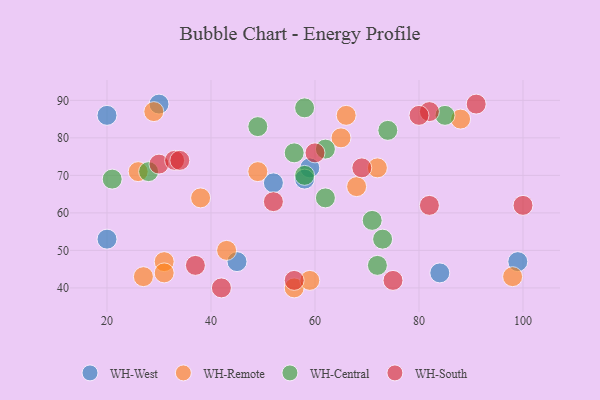
{"axis": {"x": "GDP", "y": "Life Expectancy"}, "legend": ["WH-Central", "WH-Remote", "WH-South", "WH-West"], "data": [{"x": "45", "y": 47, "type": "WH-West"}, {"x": "84", "y": 44, "type": "WH-West"}, {"x": "99", "y": 47, "type": "WH-West"}, {"x": "20", "y": 53, "type": "WH-West"}, {"x": "59", "y": 72, "type": "WH-West"}, {"x": "52", "y": 68, "type": "WH-West"}, {"x": "30", "y": 89, "type": "WH-West"}, {"x": "20", "y": 86, "type": "WH-West"}, {"x": "58", "y": 69, "type": "WH-West"}, {"x": "43", "y": 50, "type": "WH-Remote"}, {"x": "68", "y": 67, "type": "WH-Remote"}, {"x": "98", "y": 43, "type": "WH-Remote"}, {"x": "29", "y": 87, "type": "WH-Remote"}, {"x": "56", "y": 40, "type": "WH-Remote"}, {"x": "31", "y": 47, "type": "WH-Remote"}, {"x": "26", "y": 71, "type": "WH-Remote"}, {"x": "31", "y": 44, "type": "WH-Remote"}, {"x": "66", "y": 86, "type": "WH-Remote"}, {"x": "65", "y": 80, "type": "WH-Remote"}, {"x": "38", "y": 64, "type": "WH-Remote"}, {"x": "27", "y": 43, "type": "WH-Remote"}, {"x": "72", "y": 72, "type": "WH-Remote"}, {"x": "59", "y": 42, "type": "WH-Remote"}, {"x": "88", "y": 85, "type": "WH-Remote"}, {"x": "49", "y": 71, "type": "WH-Remote"}, {"x": "28", "y": 71, "type": "WH-Central"}, {"x": "73", "y": 53, "type": "WH-Central"}, {"x": "49", "y": 83, "type": "WH-Central"}, {"x": "72", "y": 46, "type": "WH-Central"}, {"x": "85", "y": 86, "type": "WH-Central"}, {"x": "62", "y": 77, "type": "WH-Central"}, {"x": "74", "y": 82, "type": "WH-Central"}, {"x": "21", "y": 69, "type": "WH-Central"}, {"x": "58", "y": 88, "type": "WH-Central"}, {"x": "58", "y": 70, "type": "WH-Central"}, {"x": "71", "y": 58, "type": "WH-Central"}, {"x": "62", "y": 64, "type": "WH-Central"}, {"x": "56", "y": 76, "type": "WH-Central"}, {"x": "42", "y": 40, "type": "WH-South"}, {"x": "91", "y": 89, "type": "WH-South"}, {"x": "37", "y": 46, "type": "WH-South"}, {"x": "82", "y": 87, "type": "WH-South"}, {"x": "82", "y": 62, "type": "WH-South"}, {"x": "30", "y": 73, "type": "WH-South"}, {"x": "100", "y": 62, "type": "WH-South"}, {"x": "33", "y": 74, "type": "WH-South"}, {"x": "60", "y": 76, "type": "WH-South"}, {"x": "80", "y": 86, "type": "WH-South"}, {"x": "75", "y": 42, "type": "WH-South"}, {"x": "34", "y": 74, "type": "WH-South"}, {"x": "52", "y": 63, "type": "WH-South"}, {"x": "69", "y": 72, "type": "WH-South"}, {"x": "56", "y": 42, "type": "WH-South"}]}